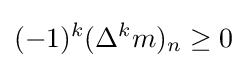
(-1)^{k}(\Delta ^{k}m)_{n}\geq 0